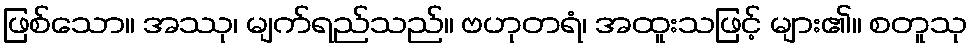
ဖြစ်သော။ အဿု၊ မျက်ရည်သည်။ ဗဟုတရံ၊ အထူးသဖြင့် များ၏။ စတူသု